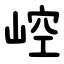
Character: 崆